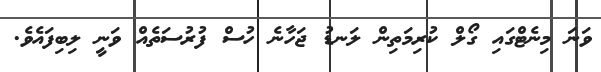
ވަނަ މިނެޓްގައި ގޯލް ކުރިމަތިން ލަނޑު ޖަހާނެ ހުސް ފުރުސަތެއް ވަނީ ލިބިފައެވެ.